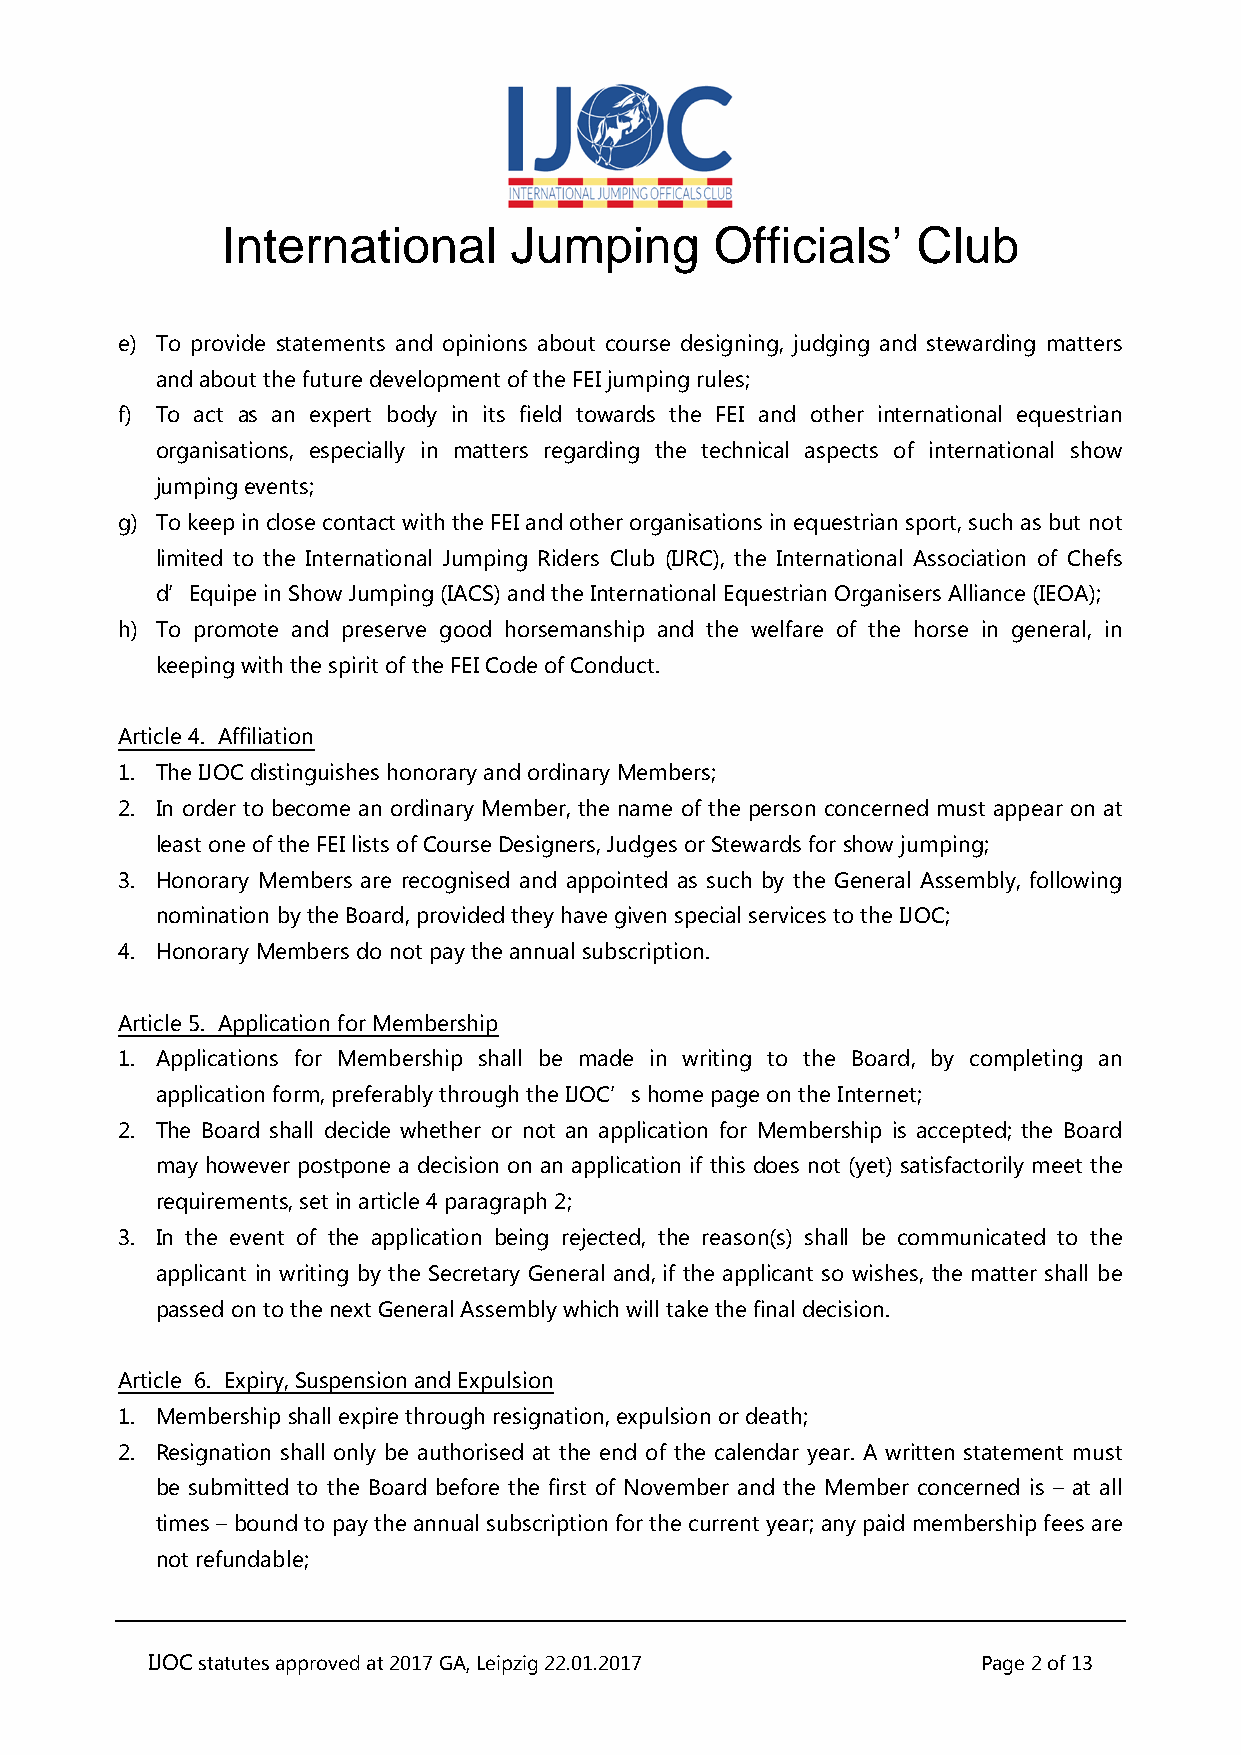
International      Jumping      Officials’    Club
 e) To provide statements and opinions about course designing, judging and stewarding matters
 and about the future development of the FEI jumping rules;
 f) To act as an expert body in its field towards the FEI and other international equestrian
 organisations, especially in matters regarding the technical aspects of international show
 jumping events;
 g) To keep in close contact with the FEI and other organisations in equestrian sport, such as but not
 limited to the International Jumping Riders Club (IJRC), the International Association of Chefs
 d’Equipe in Show Jumping (IACS) and the International Equestrian Organisers Alliance (IEOA);
 h) To promote and preserve good horsemanship and the welfare of the horse in general, in
 keeping with the spirit of the FEI Code of Conduct.
 Article 4. Affiliation
 1. The IJOC distinguishes honorary and ordinary Members;
 2. In order to become an ordinary Member, the name of the person concerned must appear on at
 least one of the FEI lists of Course Designers, Judges or Stewards for show jumping;
 3. Honorary Members are recognised and appointed as such by the General Assembly, following
 nomination by the Board, provided they have given special services to the IJOC;
 4. Honorary Members do not pay the annual subscription.
 Article 5. Application for Membership
 1. Applications for Membership shall be made in writing to the Board, by completing an
 application form, preferably through the IJOC’s home page on the Internet;
 2. The Board shall decide whether or not an application for Membership is accepted; the Board
 may however postpone a decision on an application if this does not (yet) satisfactorily meet the
 requirements, set in article 4 paragraph 2;
 3. In the event of the application being rejected, the reason(s) shall be communicated to the
 applicant in writing by the Secretary General and, if the applicant so wishes, the matter shall be
 passed on to the next General Assembly which will take the final decision.
 Article 6. Expiry, Suspension and Expulsion
 1. Membership shall expire through resignation, expulsion or death;
 2. Resignation shall only be authorised at the end of the calendar year. A written statement must
 be submitted to the Board before the first of November and the Member concerned is – at all
 times – bound to pay the annual subscription for the current year; any paid membership fees are
 not refundable;
 IJOC statutes approved at 2017 GA, Leipzig 22.01.2017  Page 2 of 13